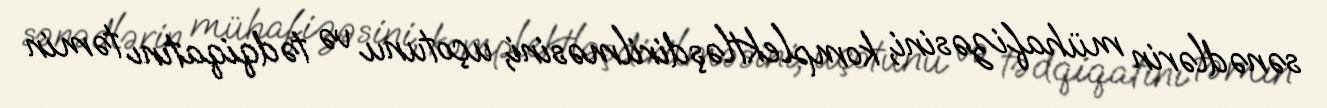
sənədlərin mühafizəsini, komplektləşdirilməsini, uçotunu və tədqiqatını təmin